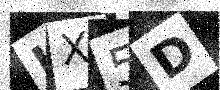
Text: JX5D